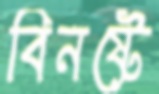
বিনষ্টে